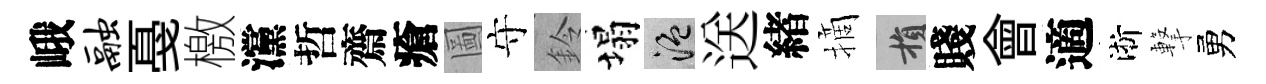
峨融戞檄灙哲齋瘡圖守鈴塌温送緖摘損賤會適淅撃勇